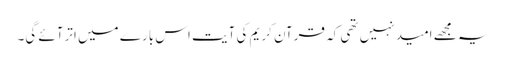
یہ مجھے امید نہیں تھی کہ قرآن کریم کی آیت اس بارے میں اترآئے گی۔